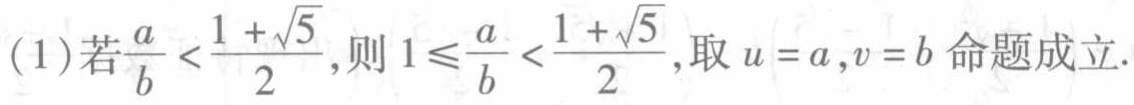
(1)若$\frac{a}{b} < \frac{1 + \sqrt{5}}{2}$,则$1\leqslant\frac{a}{b} < \frac{1 + \sqrt{5}}{2}$,取$u = a,v = b$命题成立.